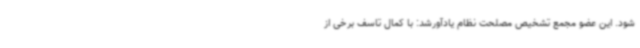
شود. این عضو مجمع تشخیص مصلحت نظام یادآورشد: با کمال تاسف برخی از